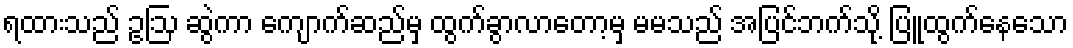
ရထားသည် ဥဩ ဆွဲကာ ကျောက်ဆည်မှ ထွက်ခွာလာတော့မှ မမသည် အပြင်ဘက်သို့ ပြူထွက်နေသော